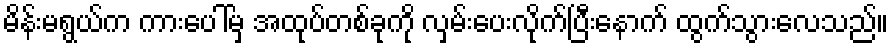
မိန်းမရွယ်က ကားပေါ်မှ အထုပ်တစ်ခုကို လှမ်းပေးလိုက်ပြီးနောက် ထွက်သွားလေသည်။